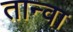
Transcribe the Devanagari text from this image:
तान्वा